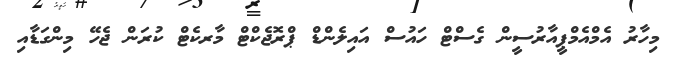
މިހާރު އެމްއެމްޕީއާރުސީން ގެސްޓް ހައުސް އައިލެންޑް ޕްރޮޖެކްޓް މާރކެޓް ކުރަން ޖެހޭ މިންގަޑާއި